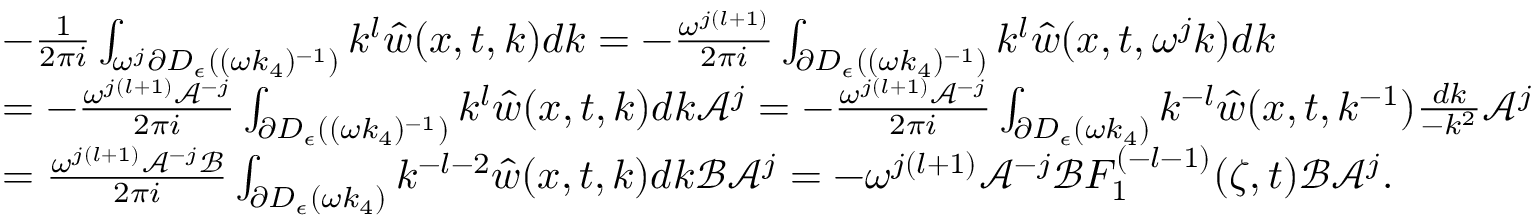
\begin{array} { r l } & { - \frac { 1 } { 2 \pi i } \int _ { \omega ^ { j } \partial D _ { \epsilon } ( ( \omega k _ { 4 } ) ^ { - 1 } ) } k ^ { l } \hat { w } ( x , t , k ) d k = - \frac { \omega ^ { j ( l + 1 ) } } { 2 \pi i } \int _ { \partial D _ { \epsilon } ( ( \omega k _ { 4 } ) ^ { - 1 } ) } k ^ { l } \hat { w } ( x , t , \omega ^ { j } k ) d k } \\ & { = - \frac { \omega ^ { j ( l + 1 ) } \mathcal { A } ^ { - j } } { 2 \pi i } \int _ { \partial D _ { \epsilon } ( ( \omega k _ { 4 } ) ^ { - 1 } ) } k ^ { l } \hat { w } ( x , t , k ) d k \mathcal { A } ^ { j } = - \frac { \omega ^ { j ( l + 1 ) } \mathcal { A } ^ { - j } } { 2 \pi i } \int _ { \partial D _ { \epsilon } ( \omega k _ { 4 } ) } k ^ { - l } \hat { w } ( x , t , k ^ { - 1 } ) \frac { d k } { - k ^ { 2 } } \mathcal { A } ^ { j } } \\ & { = \frac { \omega ^ { j ( l + 1 ) } \mathcal { A } ^ { - j } \mathcal { B } } { 2 \pi i } \int _ { \partial D _ { \epsilon } ( \omega k _ { 4 } ) } k ^ { - l - 2 } \hat { w } ( x , t , k ) d k \mathcal { B } \mathcal { A } ^ { j } = - \omega ^ { j ( l + 1 ) } \mathcal { A } ^ { - j } \mathcal { B } F _ { 1 } ^ { ( - l - 1 ) } ( \zeta , t ) \mathcal { B } \mathcal { A } ^ { j } . } \end{array}